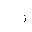
Letter: _thal